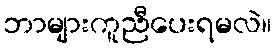
ဘာများကူညီပေးရမလဲ။